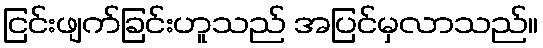
ငြင်းဖျက်ခြင်းဟူသည် အပြင်မှလာသည်။